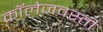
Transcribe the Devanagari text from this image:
कॉलेजवस्ती